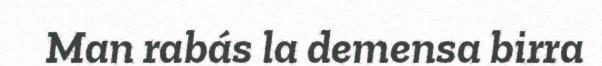
Man rabás la demensa birra